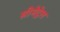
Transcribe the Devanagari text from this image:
सीमेट्रेल